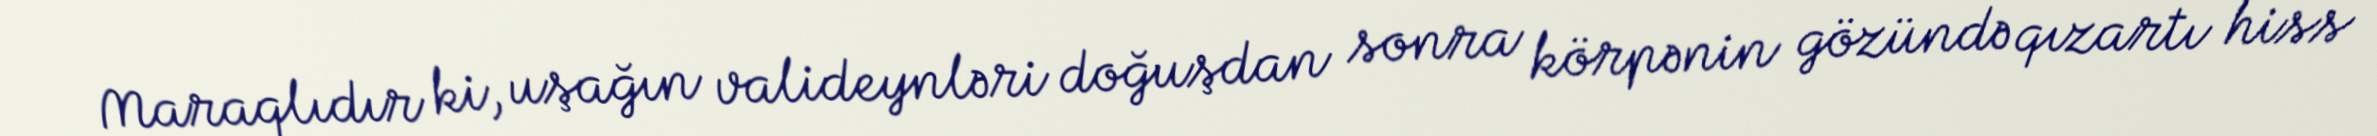
Maraqlıdır ki, uşağın valideynləri doğuşdan sonra körpənin gözündə qızartı hiss